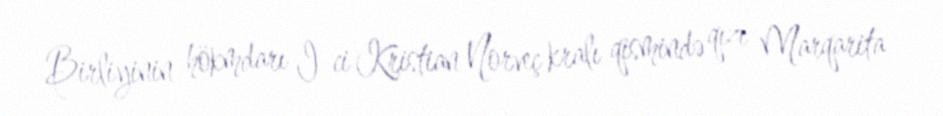
Birliyinin hökmdarı I-ci Kristian Norveç kralı qismində qızı Marqarita